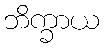
ဘိက္ခာယ